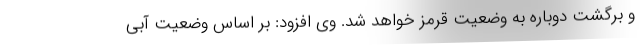
و برگشت دوباره به وضعیت قرمز خواهد شد. وی افزود: بر اساس وضعیت آبی